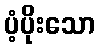
ပံ့ပိုးသော